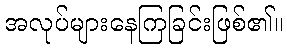
အလုပ်များနေကြခြင်းဖြစ်၏။